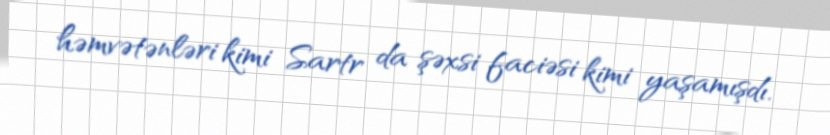
həmvətənləri kimi Sartr da şəxsi faciəsi kimi yaşamışdı.